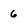
Character: 6